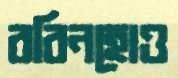
রবিনহোও